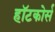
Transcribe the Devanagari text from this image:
हॉटकोर्स